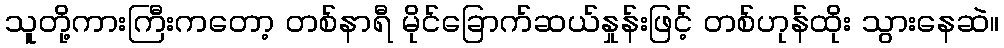
သူတို့ကားကြီးကတော့ တစ်နာရီ မိုင်ခြောက်ဆယ်နှုန်းဖြင့် တစ်ဟုန်ထိုး သွားနေဆဲ။